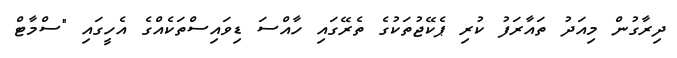
ދިރާގުން މިއަދު ތައާރަފު ކުރި ޕެކޭޖުތަކުގެ ތެރޭގައި ހާއްސަ ޑިވައިސްތަކެއްގެ އެހީގައި "ސްމާޓް